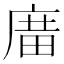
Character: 𢉱